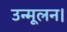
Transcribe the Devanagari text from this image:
उन्मूलन।